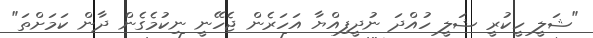
"ޝަލީ ހީކުރީ ޝަލީ ހުއްދަ ނުދީފިއްޔާ އަހަރެން ޖެހޭނީ ނިކުމެގެން ދާން ކަމަށްތަ"